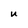
Character: u